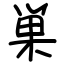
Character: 巣